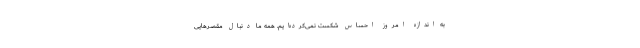
به اندازهٔ امروز احساس شکست نمی‌کرده‌ایم. همهٔ ما دنبال مقصرهایی